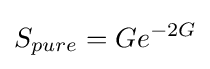
S_{pure}=Ge^{-2G}